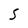
Character: S